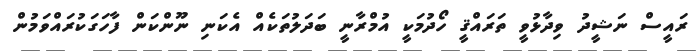
ރައީސް ނަޝީދު ވިދާޅުވީ ތަރައްޤީ ހޯދުމަކީ އުމްރާނީ ބަދަލުތަކެއް އެކަނި ނޫންކަން ފާހަގަކުރައްވަމުން